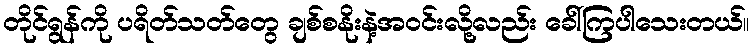
တိုင်ရွန်ကို ပရိတ်သတ်တွေ ချစ်စနိုးနဲ့အဝင်းလို့လည်း ခေါ်ကြပါသေးတယ်။